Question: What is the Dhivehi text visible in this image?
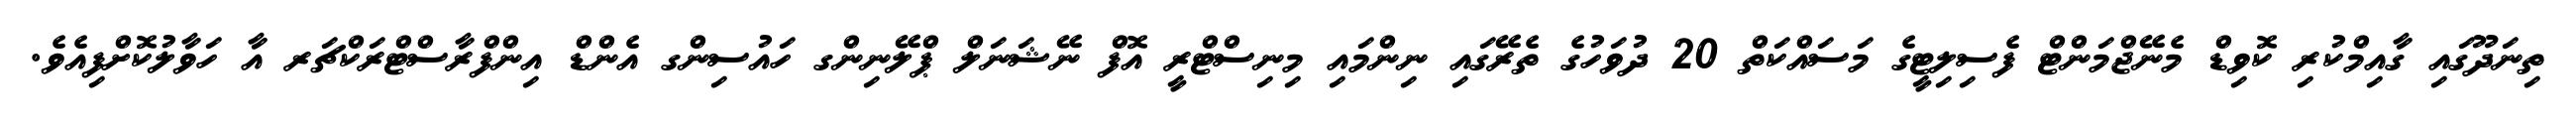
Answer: ތިނަދޫގައި ގާއިމްކުރި ކޮވިޑް މެނޭޖްމަންޓް ފެސިލިޓީގެ މަސައްކަތް 20 ދުވަހުގެ ތެރޭގައި ނިންމައި މިނިސްޓްރީ އޮފް ނޭޝަނަލް ޕްލޭނިންގ ހައުސިންގ އެންޑް އިންފްރާސްޓްރަކްޗަރ އާ ހަވާލުކޮށްފިއެވެ.